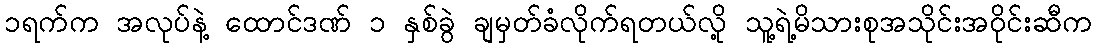
၁ရက်က အလုပ်နဲ့ ထောင်ဒဏ် ၁ နှစ်ခွဲ ချမှတ်ခံလိုက်ရတယ်လို့ သူ့ရဲ့မိသားစုအသိုင်းအဝိုင်းဆီက